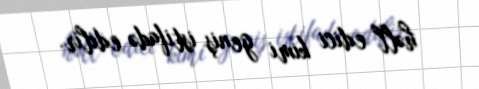
həll edici kimi geniş istifadə edilir.